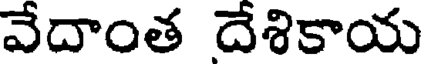
వేదాంత దేశికాయ